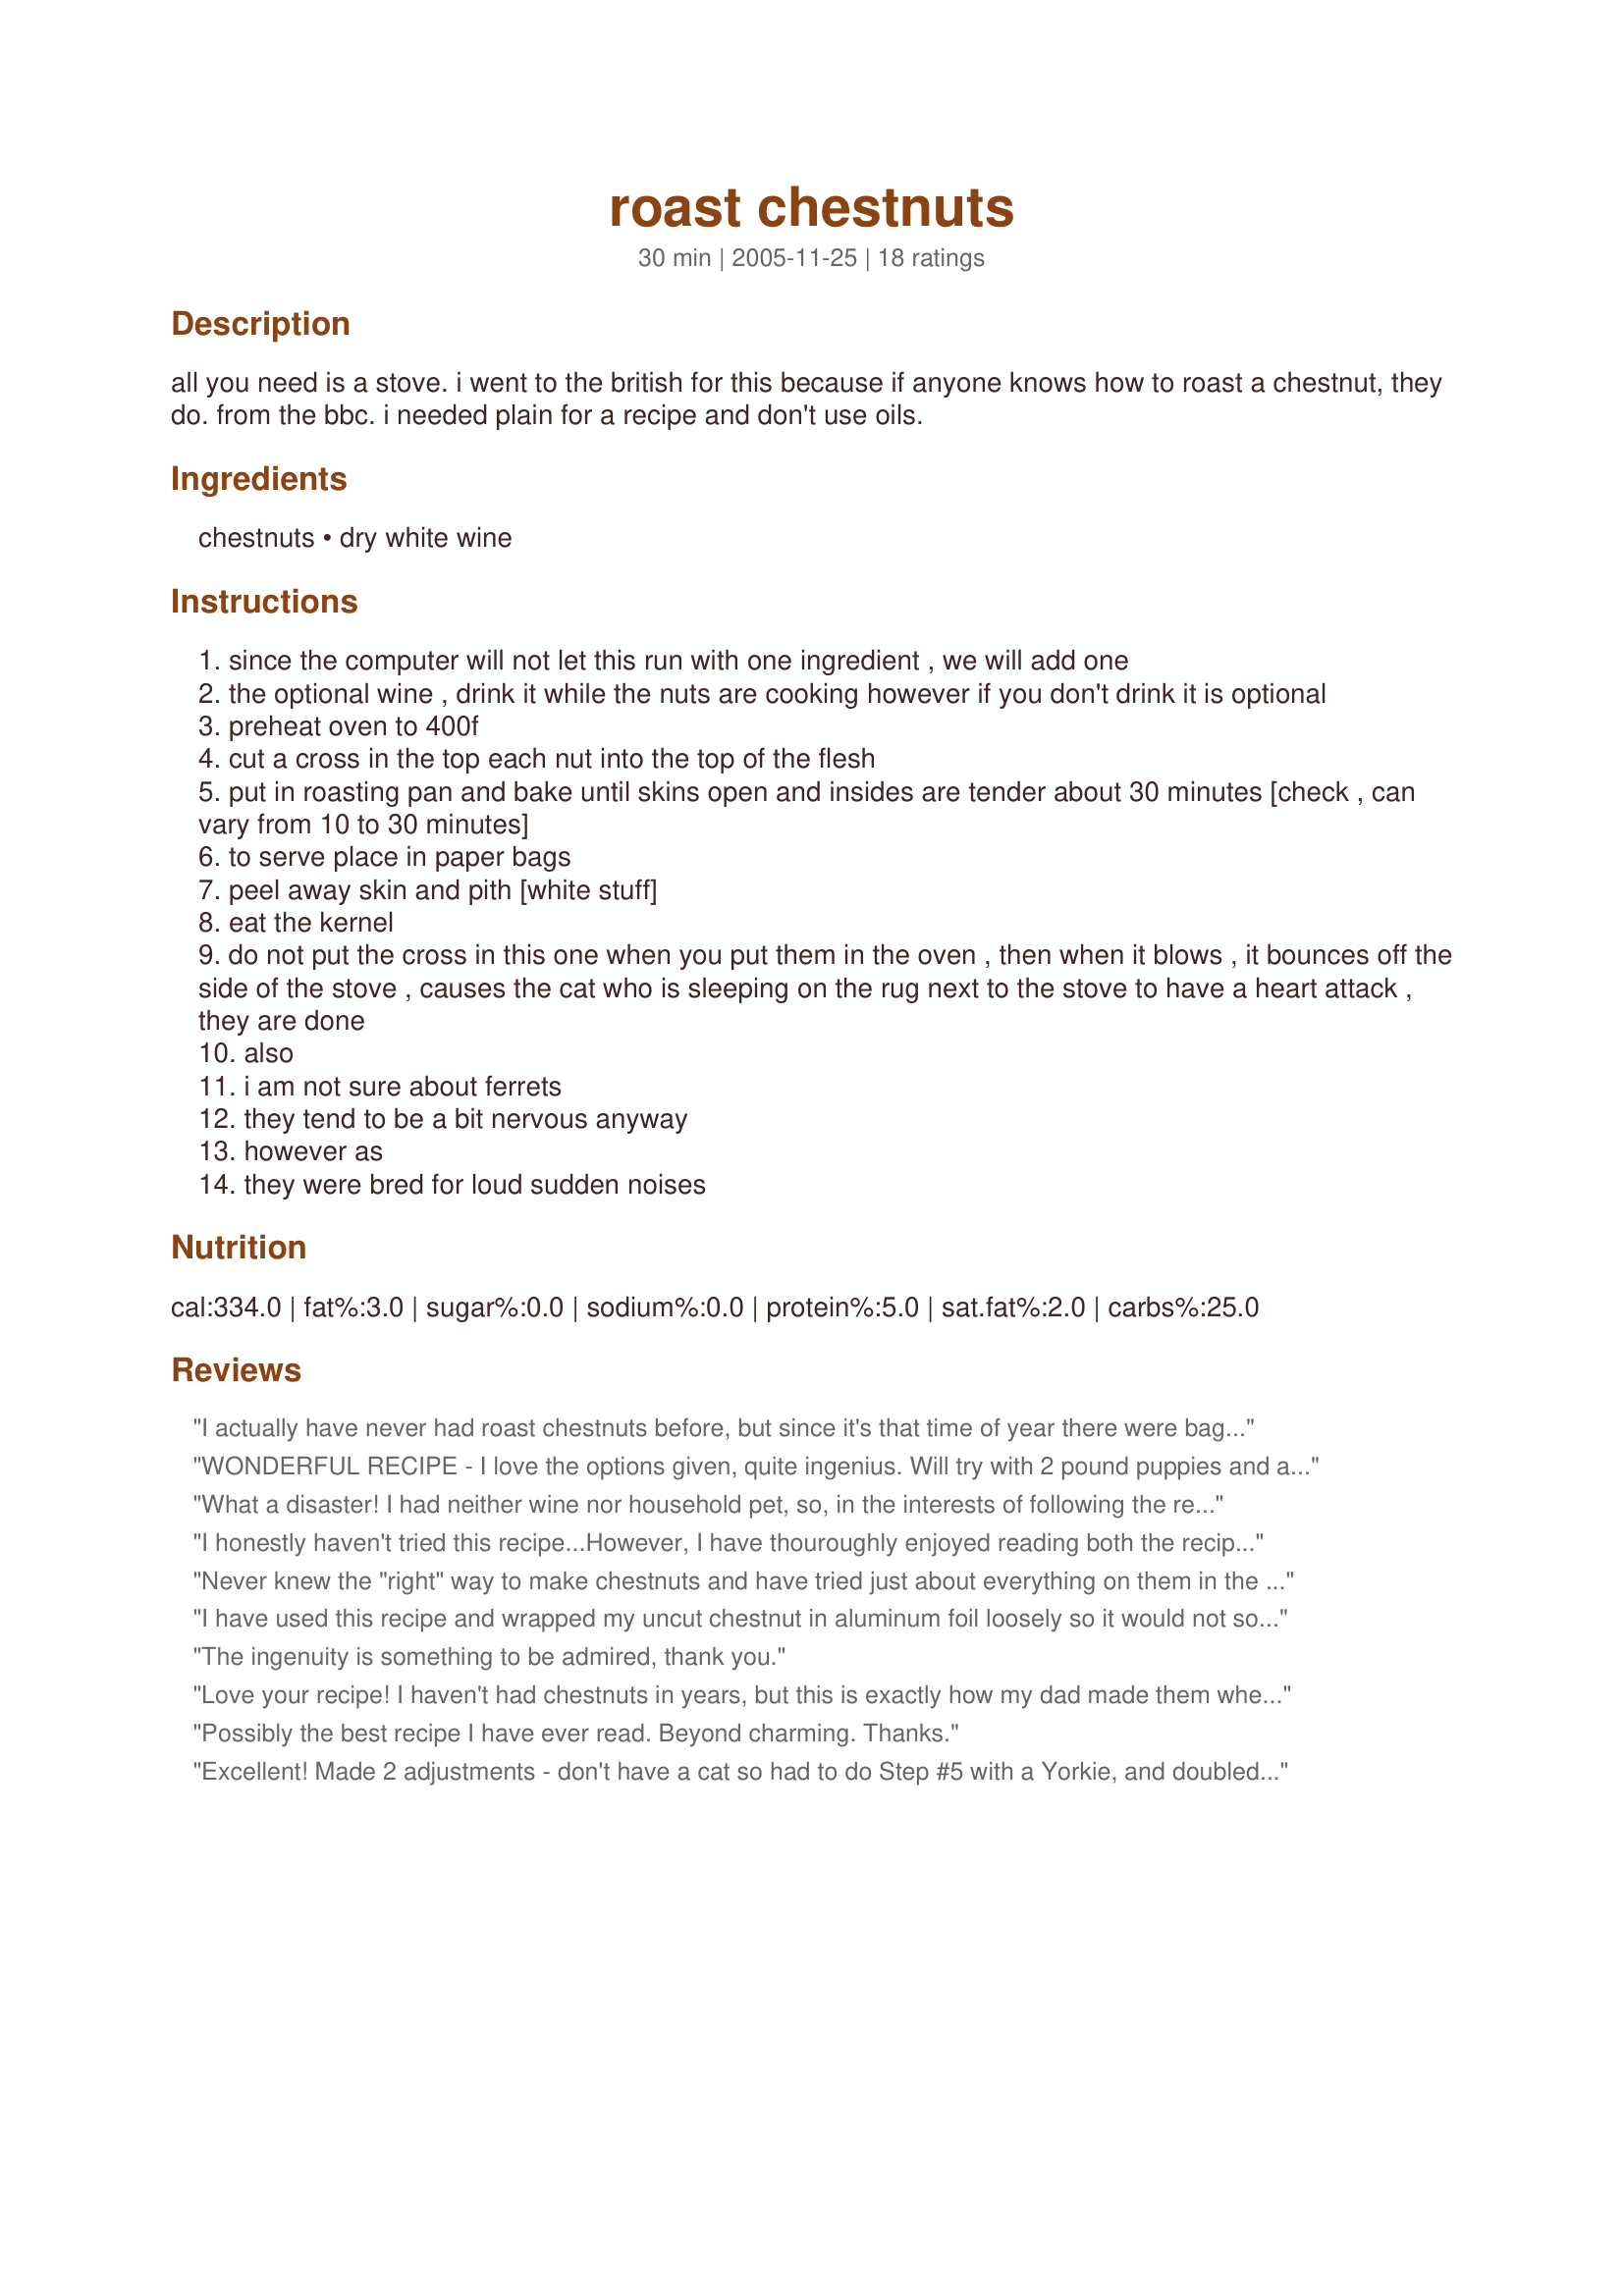
roast chestnuts
Preparation time: 30 minutes

all you need is a stove. i went to the british for this because if anyone knows how to roast a chestnut, they do. from the bbc.
i needed plain for a recipe and don't use oils.

Ingredients:
chestnuts, dry white wine

Steps:
since the computer will not let this run with one ingredient , we will add one
the optional wine , drink it while the nuts are cooking however if you don't drink it is optional
preheat oven to 400f
cut a cross in the top each nut into the top of the flesh
put in roasting pan and bake until skins open and insides are tender about 30 minutes [check , can vary from 10 to 30 minutes]
to serve place in paper bags
peel away skin and pith [white stuff]
eat the kernel
do not put the cross in this one when you put them in the oven , then when it blows , it bounces off the side of the stove , causes the cat who is sleeping on the rug next to the stove to have a heart attack , they are done
also
i am not sure about ferrets
they tend to be a bit nervous anyway
however as
they were bred for loud sudden noises

Reviews:
I actually have never had roast chestnuts before, but since it's that time of year there were bags of chestnuts at the grocery store. Unfortunately, I was out of wine so I had to go with the optional martini. I can confirm the whole cat thing, though. Works even better with TWO cats, both of which were sleeping near the stove when the unintended test chestnut went rocketing around inside. Oh, that was fun. Not. The chestnuts tasted great. Now I know what I've been missing. The martinis (okay, I got stuck on that first instruction and wound up repeating it twice) were great, too.
WONDERFUL RECIPE - I love the options given, quite ingenius. Will try with 2 pound puppies and a bottle of Syrah next :)

CHEERS - Happy New Year!
What a disaster!

I had neither wine nor household pet, so, in the interests of following the recipe reasonably closely, I went out and bought a cat. However, on my tight budget, made even tighter by my recent purchase, I had to make do with some methylated spirits ( White spirits for American readers), instead of the wine. I drank some of the Methylated, which tasted surprisingly good, so I had a little more whilst I cut crosses in all but one of the chestnuts as you suggested.
 
I heated the oven to the required temperature and put the chestnuts in a cast iron pan into the hot oven. 

Ahh... the deliciousness of anticipation! 

After about 15 or 20 minutes, the pressure inside the un-crossed chestnut built up enough pressure to explode the tough skin of the nut. 
It let go with all the force (and the exact same physics principle) that drives massive ships and railway carriages; the irresistible force of steam. The explosion of that single chestnut was heard by neighbours in the next street. Someone rang the fire and emergency services. I had no need to open the oven, as the force had blown the heatproof glass door right off its hinges. The oven cavity was covered in a very thin film of chestnut meat, but there was nothing else left of the exploded nut. I couldn't even find fragments of skin! 

It took days to clean up later, but I was quite calm throughout, as the Methylated spirits had soothed my nerves so much, that I just though it was funny, after I had recovered from the bowel-loosening shock of the unbelievably loud explosion made by the detonating chestnut.

After the ambulance officers had treated me for mild alcohol poisoning, and suggested that I never again try this chestnut-readiness testing method at home or anywhere else for that matter, they left, happily clutching a few of the remaining nuts, which, by the way, were delicious, with a touch of salt. I had almost forgotten about the chestnuts.

The cat?... He flew through an open window with a screech I will never forget. I have never seen that cat again.
I honestly haven't tried this recipe...However, I have thouroughly enjoyed reading both the recipe directions; and some of the comments. Thanks for making cooking fun my friends!
Never knew the "right" way to make chestnuts and have tried just about everything on them in the past lol Used 2 cats + a sleeping father for foolproof timing and went with a nice bottle of Blackberry Merlot. I appreciate the tip about serving them out of a paper bag. Keeps them warm longer and adds a very nice old timey touch.
I have used this recipe and wrapped my uncut chestnut in aluminum foil loosely so it would not soil my oven and everything came out GREAT! I only wish I could get them all the time fresh instead of only once a year. DARN!
The ingenuity is something to be admired, thank you.
Love your recipe! I haven't had chestnuts in years, but this is exactly how my dad made them when I was little. Well, not exactly, the liquid he preferred was gin.
Possibly the best recipe I have ever read. Beyond charming. Thanks.
Excellent! Made 2 adjustments - don't have a cat so had to do Step #5 with a Yorkie, and doubled the optional wine. Oh - and the actual roasting of the chestnuts worked perfectly.
Worked perfectly. Thank you!
This made me really unhappy. The chestnuts turned out okay. But leaving one in the oven to "blow" as a timer... BAD IDEA. It exploded sticky nut debris all over my oven, and will take forever to clean, once I get to it. It's crusted on. Very, very unhappy cook right here.
Best all time recipe! I was recently given several pounds of chestnuts, and was looking up how to roast them. Not only is this informative, but it will have me laughing for quite some time! Hope you have more
After seeing that this is the only recipe ever rated by Chef # 505964, and the similarity in your humor, I have to wonder if you aren't one in the same. :) No matter, very entertaining indeed! and great simple recipe.
Wonderful recipe! Roasted exactly the way I remember it made when I was a child growing up in New York City.
I found two things about this recipe. First, step five doesn't work with a Bassett Hound. Second, substituting a couple of shots of bourbon for the wine suits me better. It helps keep Jack Frost from "nipping at your nose".
Excellent! Thanks
First, I still use the recipe and it is handy. Second Ms. DbKnadler, the review was long after I left Zaar never to return. You might want to read my page before you comment. It's very annoying to have to rejoin something comment to correct an assumption.

Philocrates aka House
